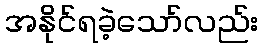
အနိုင်ရခဲ့သော်လည်း